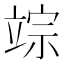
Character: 𥪗